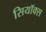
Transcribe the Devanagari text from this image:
सियॉक्स